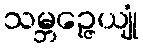
သမ္ဘဉ္ဇေယျုံ